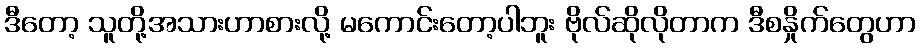
ဒီတော့ သူတို့အသားဟာစားလို့ မကောင်းတော့ပါဘူး ဗိုလ်ဆိုလိုတာက ဒီစနှိုက်တွေဟာ